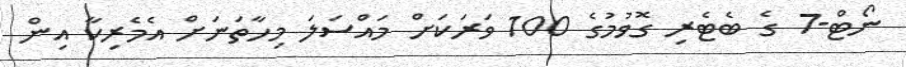
ނޯޓް-7 ގެ ބެޓެރި ގޮވުމުގެ 100 ވަރަކަށް މައްސަލަ މިހާތަނަށް އެމެރިކާ އިން